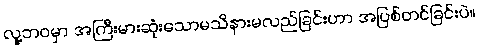
လူ့ဘဝမှာ အကြီးမားဆုံးသောမသိနားမလည်ခြင်းဟာ အပြစ်တင်ခြင်းပဲ။